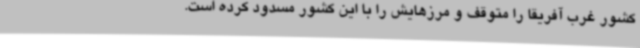
کشور غرب آفریقا را متوقف و مرزهایش را با این کشور مسدود کرده است.